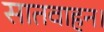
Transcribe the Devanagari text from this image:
सातवाहन।